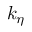
k _ { \eta }